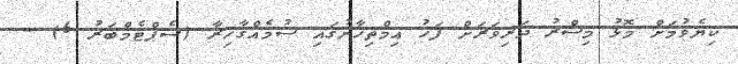
ކިޔެވުމަށް މޮޅު މިސްރު ދަރިވަރަށް ފަހު އިމްތިހާނުގައި ސުމެއްގާހިރާ (ސެޕްޓެމްބަރު 6) -